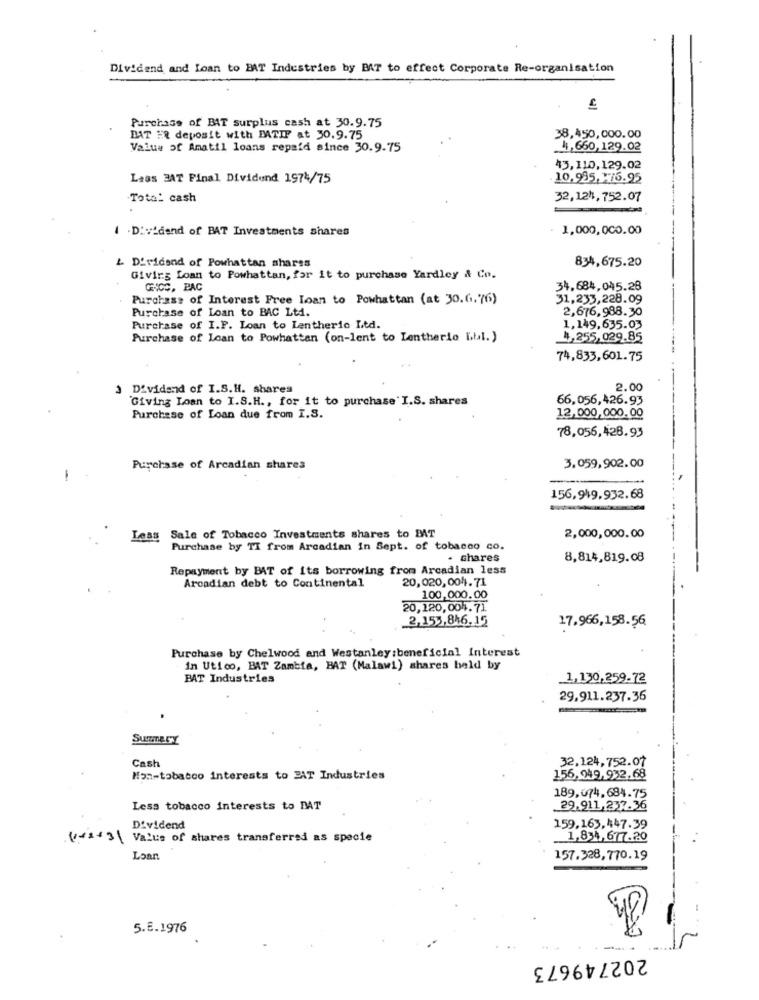
Dividend and Loan to EAT Industries by BAT to effect Corporate Re-organisation
Purchase of BAT surplus cash at 30.9.75
DAT ER deposit with DATIF at 30.9.75
38,450,000.00
Value of Amatil loans repaid since 30.9.75
41, 660, 129.02
43,110,129.02
Lass HAT Final Dividend 1974/75
10.985, 116.95
Total cash
32,124, 752.07
4 .Dividend of BAT Investments shares
1,000,000.00
& Dividend of Powhattan shares
834,675.20
Giving Loan to Powhattan, for it to purchase Yardley & Co.
GNOC, PAC
34.684,045.28
Purchase of Interest Free Loan to Powhattan (at 30.6.76)
31,233,228.09
Purchase of Loan to BAC Ltd.
2,676,988.30
Purchase of I.F. Loan to Lentheric Ltd.
1,149,635.03
Purchase of Loan to Powhattan (on-lent to Lentherio Lbl.)
4,255,029.85
74,833,601.75
3 Dividend of I.S.H. shares
2.00
Giving Loan to I.S.H ., for it to purchase I.S. shares
66,056,426.93
Purchase of Loan due from I.S.
12,000,000.00
78,056,428.93
Purchase of Arcadian shares
3.059,902.00
-
156,949,932.68
Less Sale of Tobacco Investments shares to EAT
2,000,000.00
Purchase by TI from Arcadian In Sept. of tobacco co.
. chares
8,814,819.08
Repayment by BAT of its borrowing from Arcadian less
Arcadian debt to Continental
20,020,004.71
100,000.00
20,120,004.71
2,155,816.15
17.966,158.56
Purchase by Chelwood and Westanley :beneficial Interest
in Utico, BAT Zambia, BAT (Malawi) shares held by
BAT Industries
1,130,259.72
29,911.237.36
Cash
32,124,752.07
Mon-tobacco interests to JAT Industries
156,949, 932,68
189,074,684.75
Less tobacco interests to DAT
29.911,237.36
Dividend
159,163, 447.39
**** ) Value of shares transferred as specie
1,834, 677.20
Loan
157.328,770.19
5.8.1976
202749673